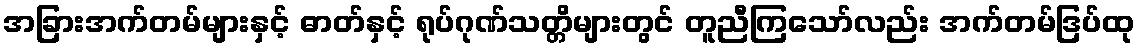
အခြားအက်တမ်များနှင့် ဓာတ်နှင့် ရုပ်ဂုဏ်သတ္တိများတွင် တူညီကြသော်လည်း အက်တမ်ဒြပ်ထု